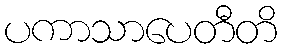
ပကာသာပေတီတိ